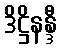
ဒိဋ္ဌိနန္ဒီ